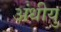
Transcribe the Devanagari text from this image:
अंधीयु